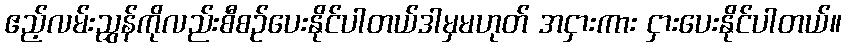
ဧည့်လမ်းညွှန်ကိုလည်းစီစဉ်ပေးနိုင်ပါတယ်ဒါမှမဟုတ် အငှားကား ငှားပေးနိုင်ပါတယ်။